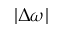
| \Delta \omega |